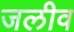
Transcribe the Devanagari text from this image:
जलीव